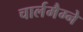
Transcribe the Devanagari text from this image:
चार्लमैग्ने